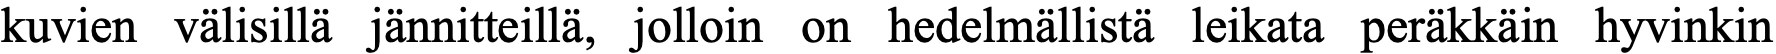
kuvien välisillä jännitteillä, jolloin on hedelmällistä leikata peräkkäin hyvinkin